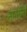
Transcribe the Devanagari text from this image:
भारतींनी